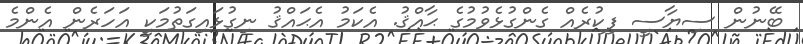
ބޭނުން ސިޔާސީ ފިކުރެއް ގެންގުޅެވުމުގެ ޙާއްޤު. އެކަމު އެޙައްޤު ނިގުޅައިގަތުމަކީ އަހަރެން އެންމެ